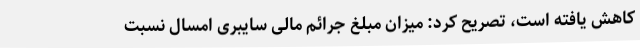
کاهش یافته است، تصریح کرد: میزان مبلغ جرائم مالی سایبری امسال نسبت